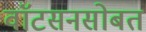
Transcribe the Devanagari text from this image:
वाॅटसनसोबत